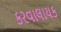
કરવાલાયક